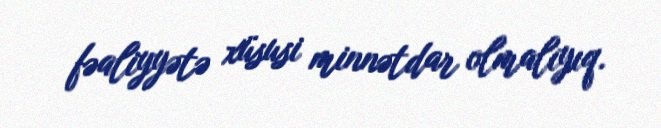
fəaliyyətə xüsusi minnətdar olmalıyıq.